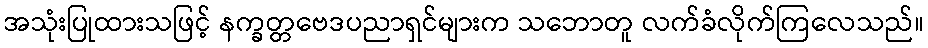
အသုံးပြုထားသဖြင့် နက္ခတ္တဗေဒပညာရှင်များက သဘောတူ လက်ခံလိုက်ကြလေသည်။